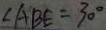
\angle A B E = 3 0 ^ { \circ }